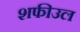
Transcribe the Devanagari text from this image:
शफीउल